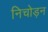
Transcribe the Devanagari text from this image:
निचोड़न